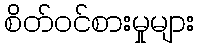
စိတ်ဝင်စားမှုများ